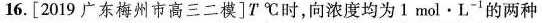
16.[2019广东梅州市高三二模]T℃时，向浓度均为1mol·L^{-1}的两种